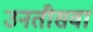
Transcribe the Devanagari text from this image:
उनतीसवां